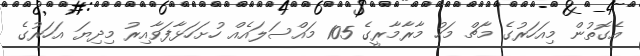
އެގޮތުން މިއަހަރުގެ މާޗް މަހު މާރާމާރީގެ 105 މައްސަލައެއް ހުށަހަޅާފަވާއިރު މިދިޔަ އަހަރުގެ